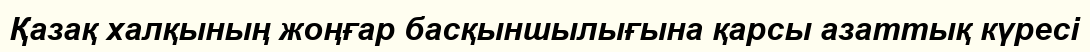
Қазақ халқының жоңғар басқыншылығына қарсы азаттық күресі